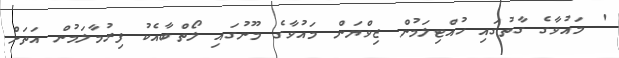
' މައުވާގެ ގާތުގައި ހުއްޓިލަމުން ޒިވްޔަން މައުވާގެ މޫނުގައި ލޯތްބާއެކު ފިރުމާލަމުން އަތަށް